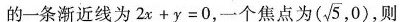
的一条渐近线为$$2 x + y = 0$$，一个焦点为( \sqrt{5},0) 则